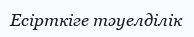
Есірткіге тәуелділік